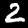
Digit: 2